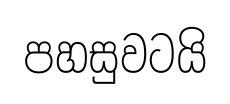
පහසුවටයි